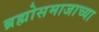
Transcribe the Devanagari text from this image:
ब्रह्मोसमाजाच्या